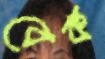
বেক